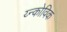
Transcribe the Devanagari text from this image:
य्न्कोविक